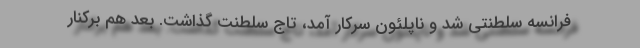
فرانسه سلطنتی شد و ناپلئون سرکار آمد، تاج سلطنت گذاشت. بعد هم برکنار